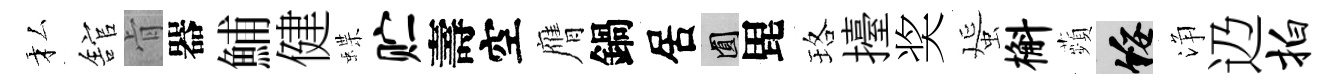
私舘肻器鯆健蝶贮壽空膺鍋居圓毘珞擡奖蜑槲蘋綏浄辸拍